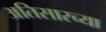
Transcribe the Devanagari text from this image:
अतिसारच्या